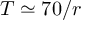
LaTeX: T \simeq 7 0 / r